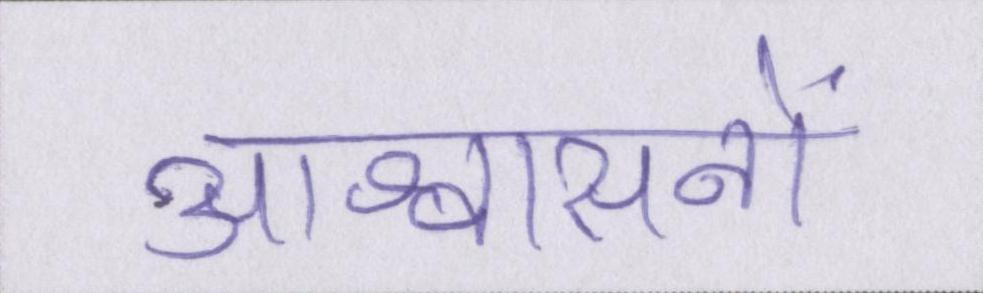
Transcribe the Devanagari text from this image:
आश्वासनों